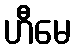
ဟီမေ